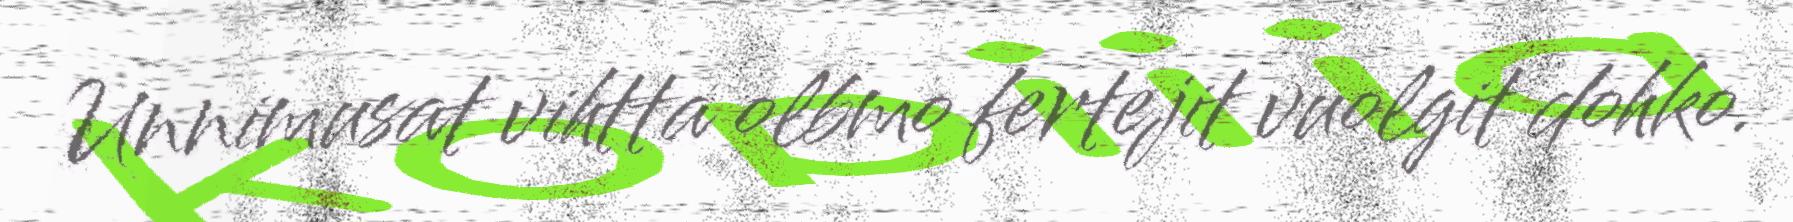
Unnimusat vihtta olbmo fertejit vuolgit dohko.